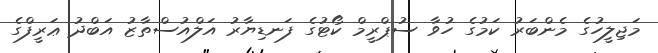
މަޖިލީހުގެ މެންބަރު ކަމުގެ ހުވާ ސުޕްރީމް ކޯޓުގެ ފަނޑިޔާރު އަލްއުސްތާޒު އަބްދު ޢަރީފްގެ